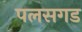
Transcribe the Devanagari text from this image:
पलसगड